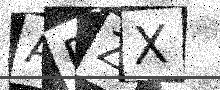
Text: ARZX